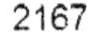
2167